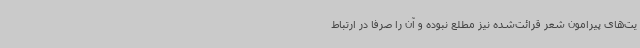
یت‌های پیرامون شعر قرائت‌شده نیز مطلع نبوده و آن را صرفا در ارتباط